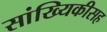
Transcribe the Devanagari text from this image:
सांख्यिकीसह